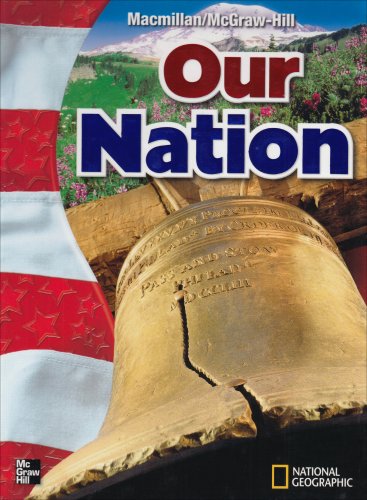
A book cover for Our Nation (Mcgraw-Hill Social Studies); Macmillan McGraw Hill; Children's Books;